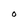
Character: O